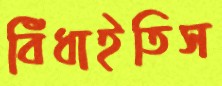
বিঁধাইতিস